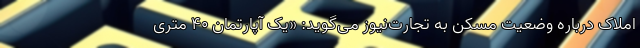
املاک درباره وضعیت مسکن به تجارت‌نیوز می‌گوید: «یک آپارتمان ۴۰ متری